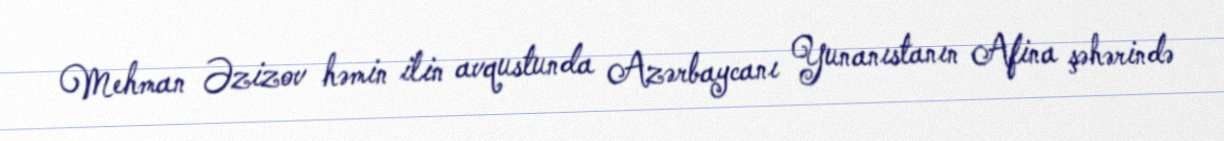
Mehman Əzizov həmin ilin avqustunda Azərbaycanı Yunanıstanın Afina şəhərində